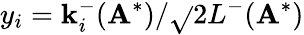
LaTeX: y_{i}=\mathbf{k}_{i}^{-}(\mathbf{{A}}^{*})/\sqrt{}{{2L^{-}(\mathbf{{A}}^{*})}}